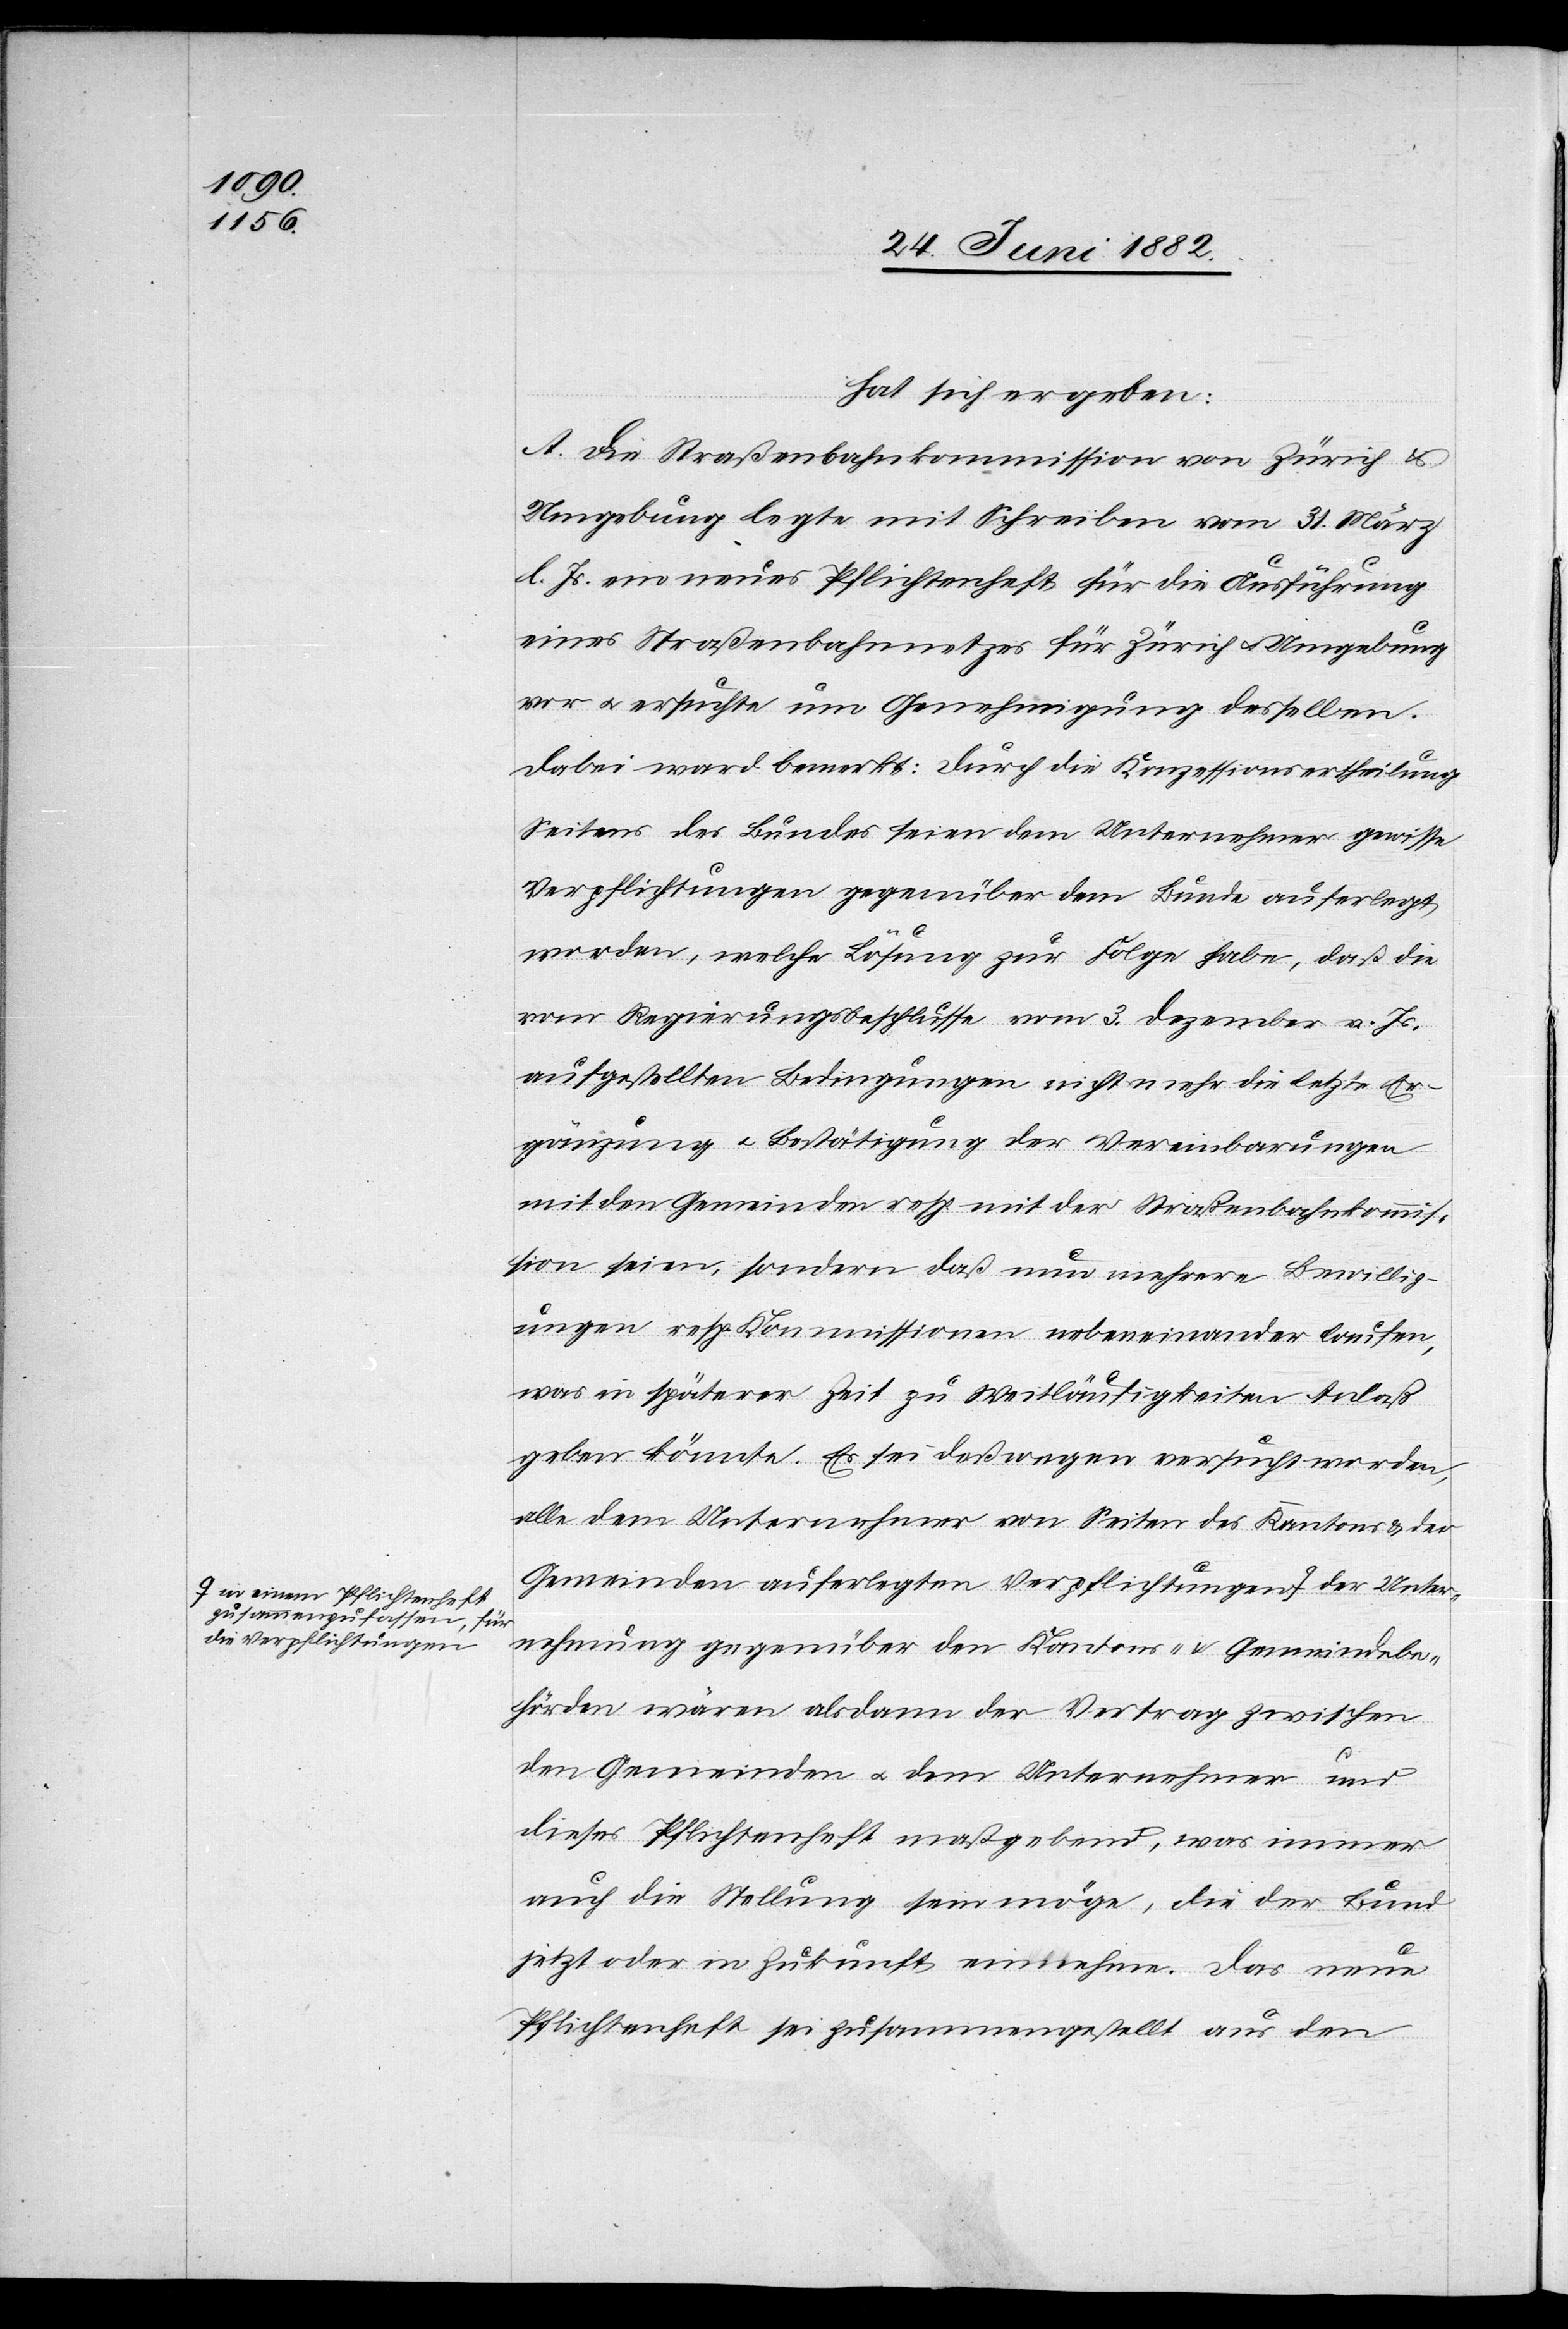
zusammenzufassen, für
die Verpflichtungen-a

hat sich ergeben:
A. Die Straßenbahnkommission von Zürich &
Umgebung legte mit Schreiben vom 31. März
l. Js. ein neues Pflichtenheft für die Ausführung
eines Straßenbahnnetzes für Zürich u. Umgebung
vor u. ersuchte um Genehmigung desselben.
Dabei ward bemerkt: Durch die Konzessionsertheilung
Seitens des Bundes seien dem Unternehmer gewisse
Verpflichtungen gegenüber dem Bunde auferlegt
worden, welche Lösung zur Folge habe, daß die
vom Regierungsbeschlusse vom 3. Dezember v. Js.
aufgestellten Bedingungen nicht mehr die letzte Er¬
gänzung u. Bestätigung der Vereinbarungen
mit den Gemeinden resp. mit der Straßenbahnkommis¬
sion seien, sondern daß nun mehrere Bewillig¬
ungen resp. Kommissionen nebeneinander laufen,
was in späterer Zeit zu Weitläufigkeiten Anlaß
geben könnte. Es sei deßwegen versucht worden,
alle dem Unternehmer von Seiten des Kantons & der
Gemeinden auferlegten Verpflichtungen a-in einem
Unternehmung gegenüber den Kantons- & Gemeindebe¬
hörden wären alsdann der Vertrag zwischen
den Gemeinden u. dem Unternehmer und
dieses Pflichtenheft maßgebend, was immer
auch die Stellung sein möge, die der Bund
jetzt oder in Zukunft einnehme. Das neue
Pflichtenheft sei zusammengestellt aus den